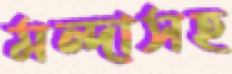
মন্দাসহ